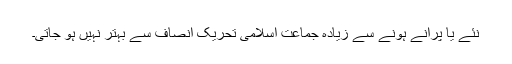
نئے یا پرانے ہونے سے زیادہ جماعتِ اسلامی تحریکِ انصاف سے بہتر نہیں ہو جاتی۔